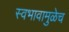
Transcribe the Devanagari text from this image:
स्वभावामुळेच